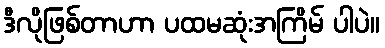
ဒီလိုဖြစ်တာဟာ ပထမဆုံးအကြိမ် ပါပဲ။